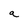
Character: a